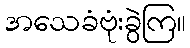
အသေခံဗုံးခွဲကြ။